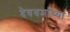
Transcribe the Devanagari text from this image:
देवधर्माच्या